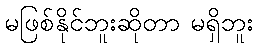
မဖြစ်နိုင်ဘူးဆိုတာ မရှိဘူး